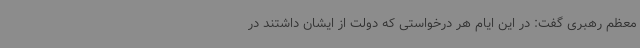
معظم رهبری گفت: در این ایام هر درخواستی که دولت از ایشان داشتند در